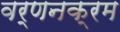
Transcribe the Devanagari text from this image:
वर्णनक्रम